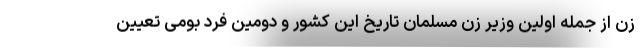
زن از جمله اولین وزیر زن مسلمان تاریخ این کشور و دومین فرد بومی تعیین